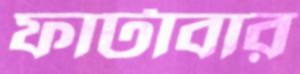
ফাটাবার